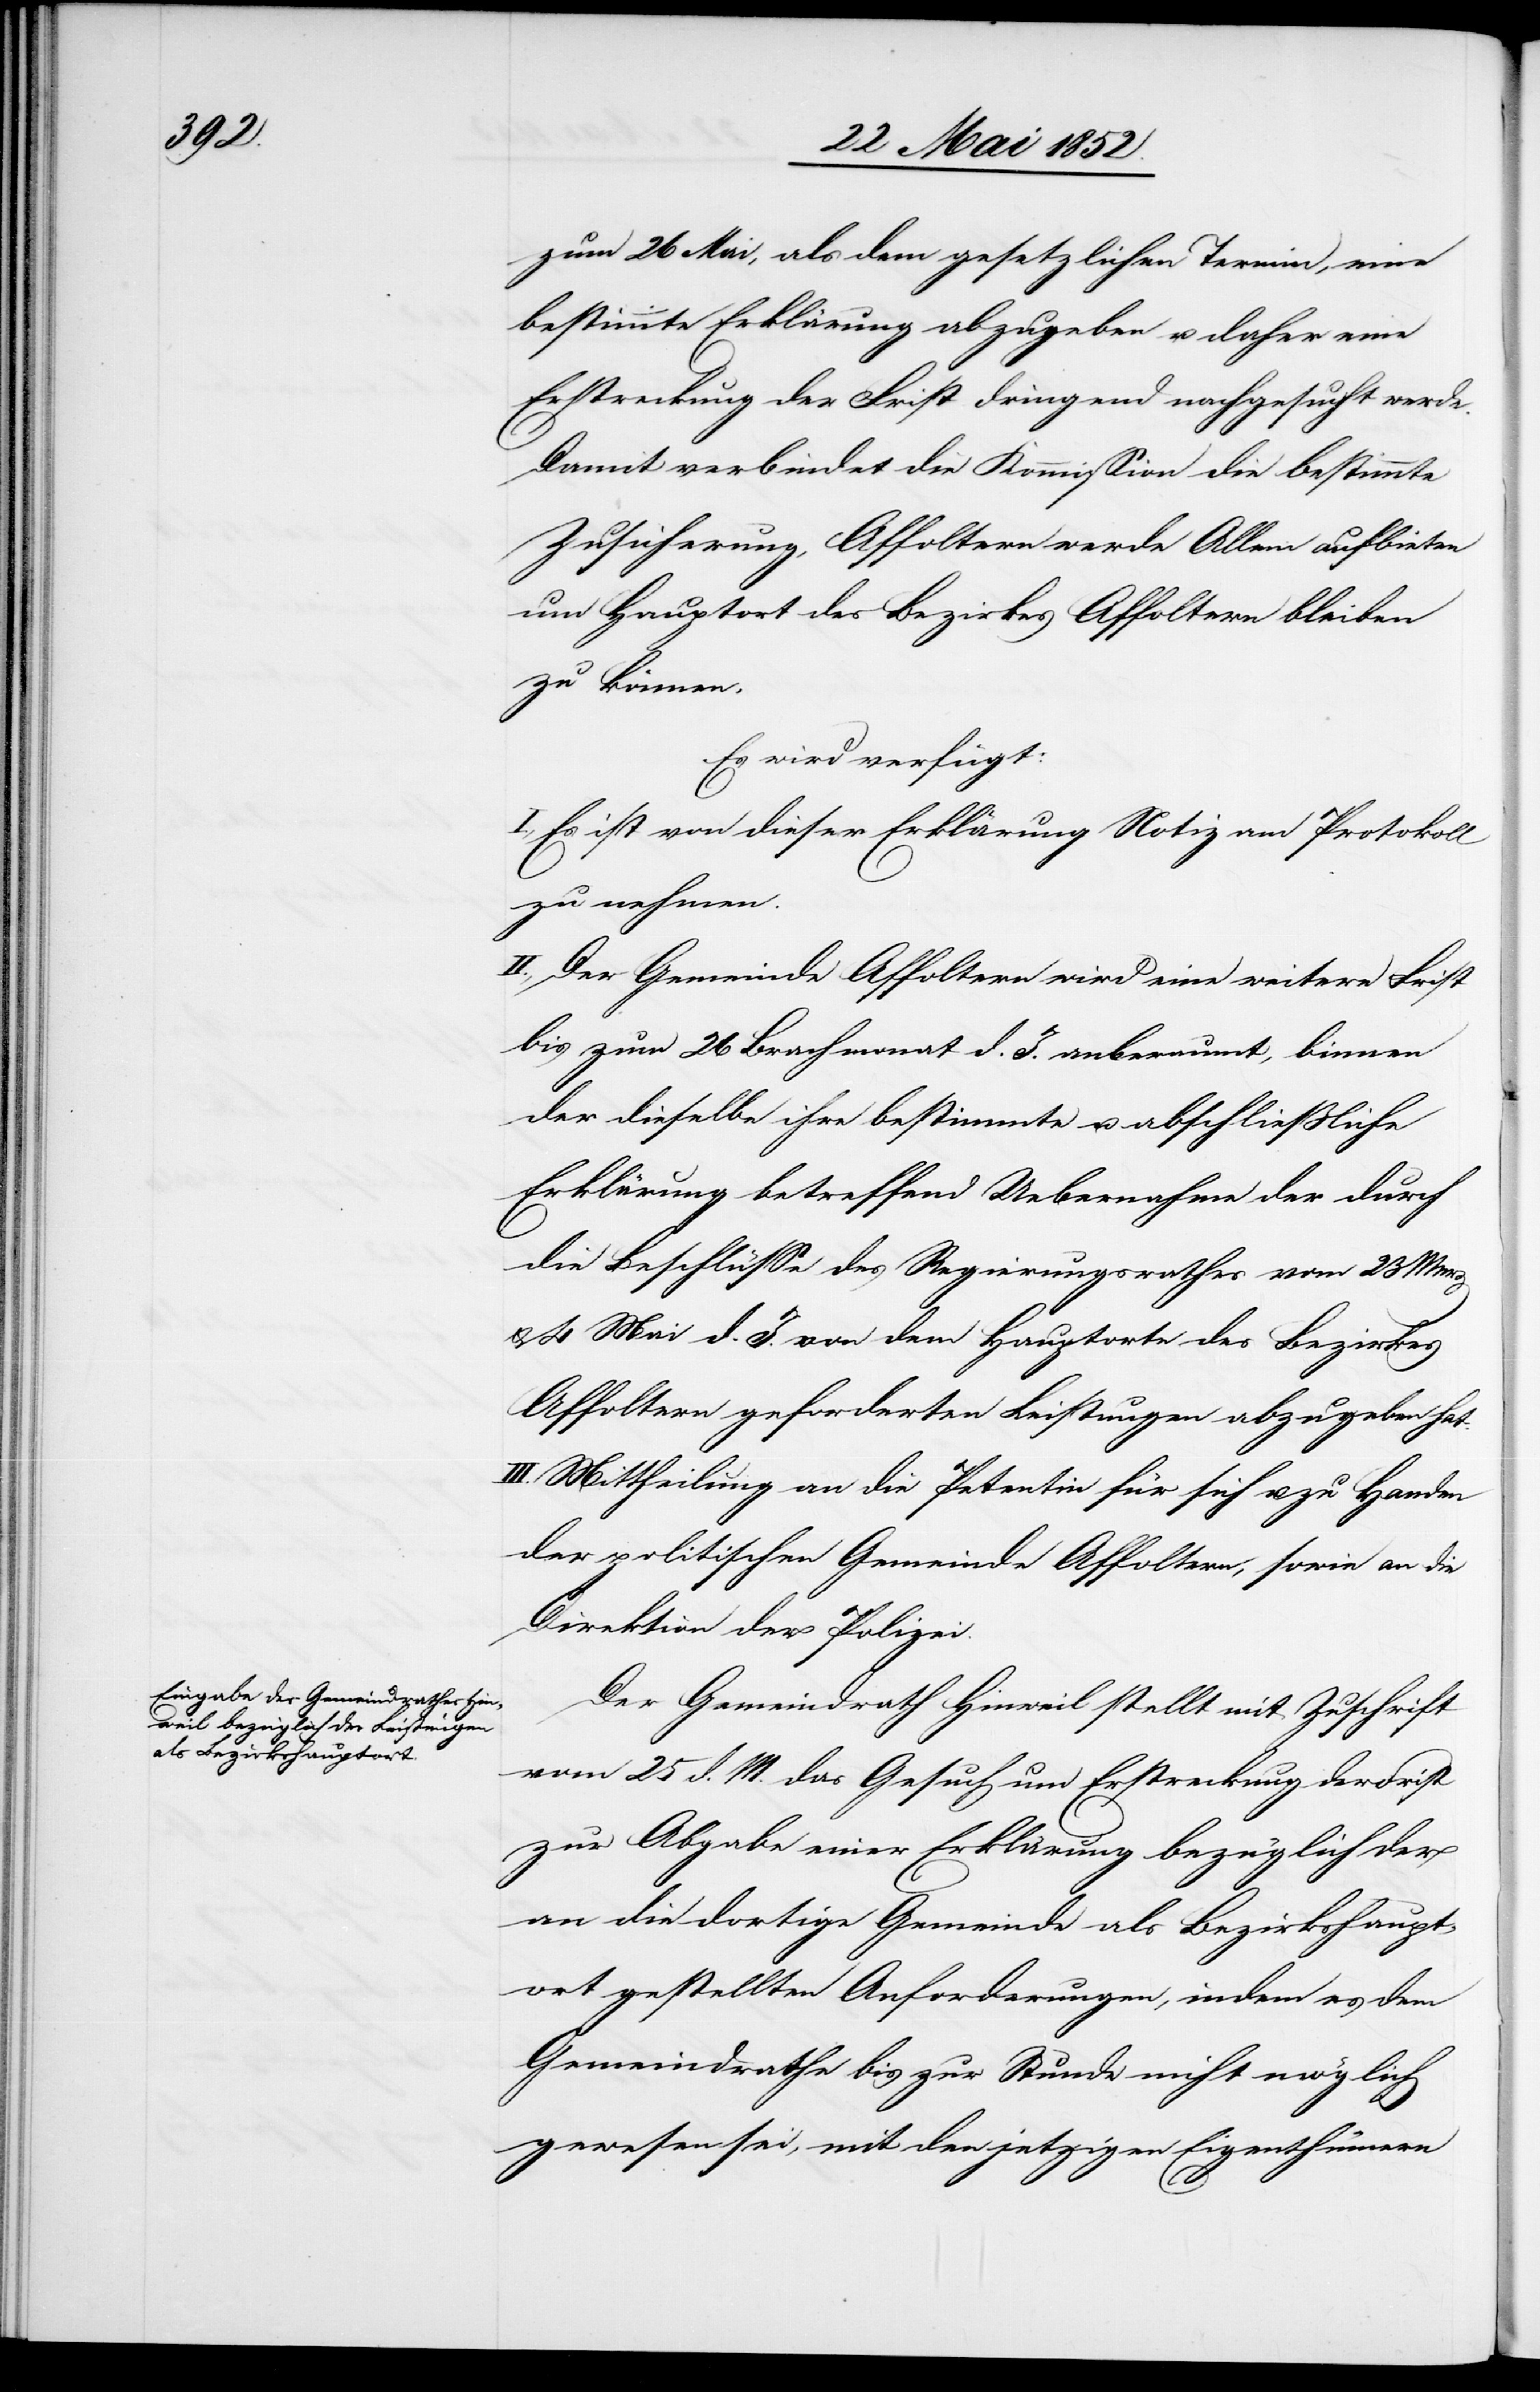
den

26 Mai 1852.]
zum 26 Mai, als dem gesetzlichen Termin, eine
bestimmte Erklärung abzugeben u. daher eine
Erstreckung der Frist dringend nachgesucht werde.
Damit verbindet die Kommission die bestimmte
Zusicherung, Affoltern werde Allem aufbieten
um Hauport des Bezirkes Affoltern bleiben
zu können.
Es wird verfügt:
I., Es ist von dieser Erklärung Notiz am Protokoll
zu nehmen.
II., Der Gemeinde Affoltern wird eine weitere Frist
bis zum 26 Brachmonat d. J. anberaumt, binnen
der dieselbe ihre bestimmte u. abschliessliche
Erklärung betreffend Uebernahme der durch
die Beschlüsse des Regierungsrathes vom 23 Merz
& 4 Mai d. J. von dem Hauptorte des Bezirkes
Affoltern geforderten Leistungen abzugeben hat.
III. Mittheilung an die Petentin für sich u. zu Handen
der politischen Gemeinde Affoltern, sowie an die
Direktion der Polizei.
Der Gemeindrath Hinweil stellt mit Zuschrift
vom 25 d. M. das Gesuch um Erstreckung der Frist
zur Abgabe einer Erklärung bezüglich der
an die dortige Gemeinde als Bezirkshaupt¬
ort gestellten Anforderungen, indem es dem
Gemeindrathe bis zur Stunde nicht möglich
gewesen sei, mit den jetzigen Eigenthümern